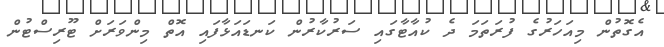
އެގޮތުން މިއަހަރުގެ ފުރަތަމަ ދެ ކުއާޓާގައި ސަރުކާރުން ކަނޑައަޅާފައި އޮތް މިންވަރަށް ޓޫރިސްޓުން